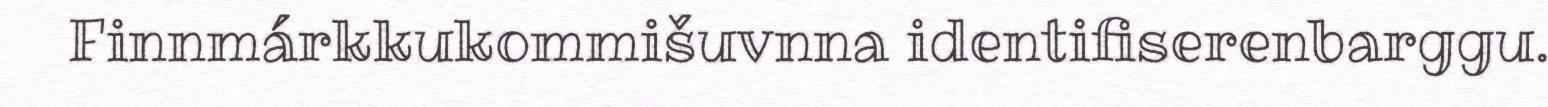
Finnmárkkukommišuvnna identifiserenbarggu.